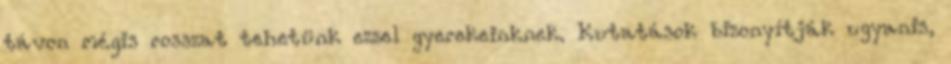
távon mégis rosszat tehetünk ezzel gyerekeinknek. Kutatások bizonyítják ugyanis,